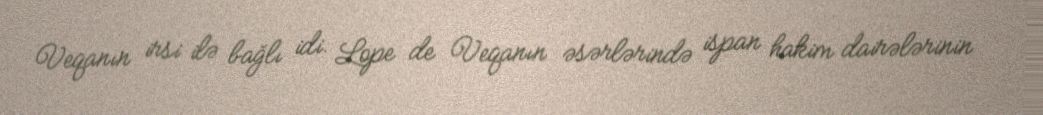
Veqanın irsi ilə bağlı idi. Lope de Veqanın əsərlərində ispan hakim dairələrinin